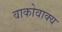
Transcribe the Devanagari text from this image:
वाकोवाक्य